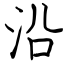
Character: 沿